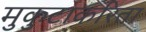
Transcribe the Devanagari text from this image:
मुकुटाकरिता